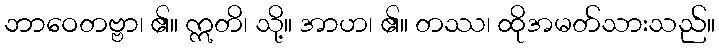
ဘာဝေတဗ္ဗာ၊ ၏။ ဣတိ၊ သို့။ အာဟ၊ ၏။ တဿ၊ ထိုအမတ်သားသည်။